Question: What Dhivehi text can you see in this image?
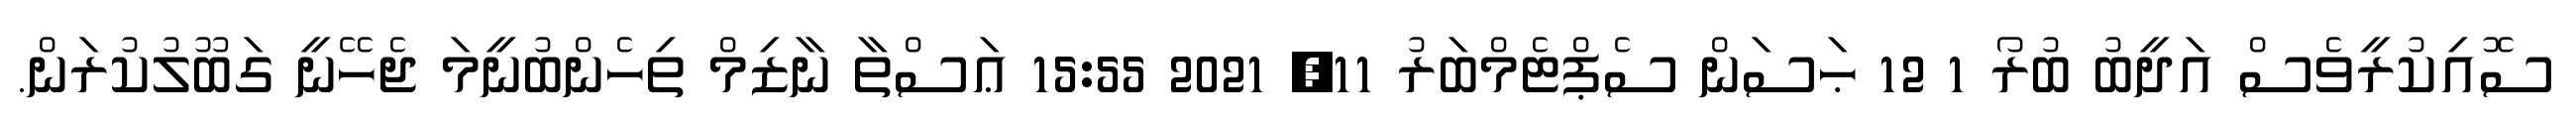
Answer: ސޮއިކުރީވެސް އަދީބު ބުރޯ 1 12 ޙަސަން ސެޕްޓެމްބަރު 11, 2021 15:55 ޢަސްތާ ނާޒިމް ތިހެންބުނީމަ ޖެހޭނީ ގަބޫލުކުރަން.